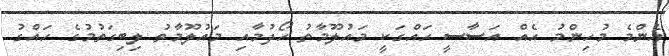
އެންމެ މުހިންމު އެއް އަސާސީ ހައްގަކީ މައުލޫމާތު ހޯދުމާއި މައުލޫމާތު ލިބިގަތުމުގެ ހައްގު